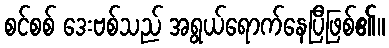
စင်စစ် ဒေးဗစ်သည် အရွယ်ရောက်နေပြီဖြစ်၏။